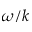
\omega / k